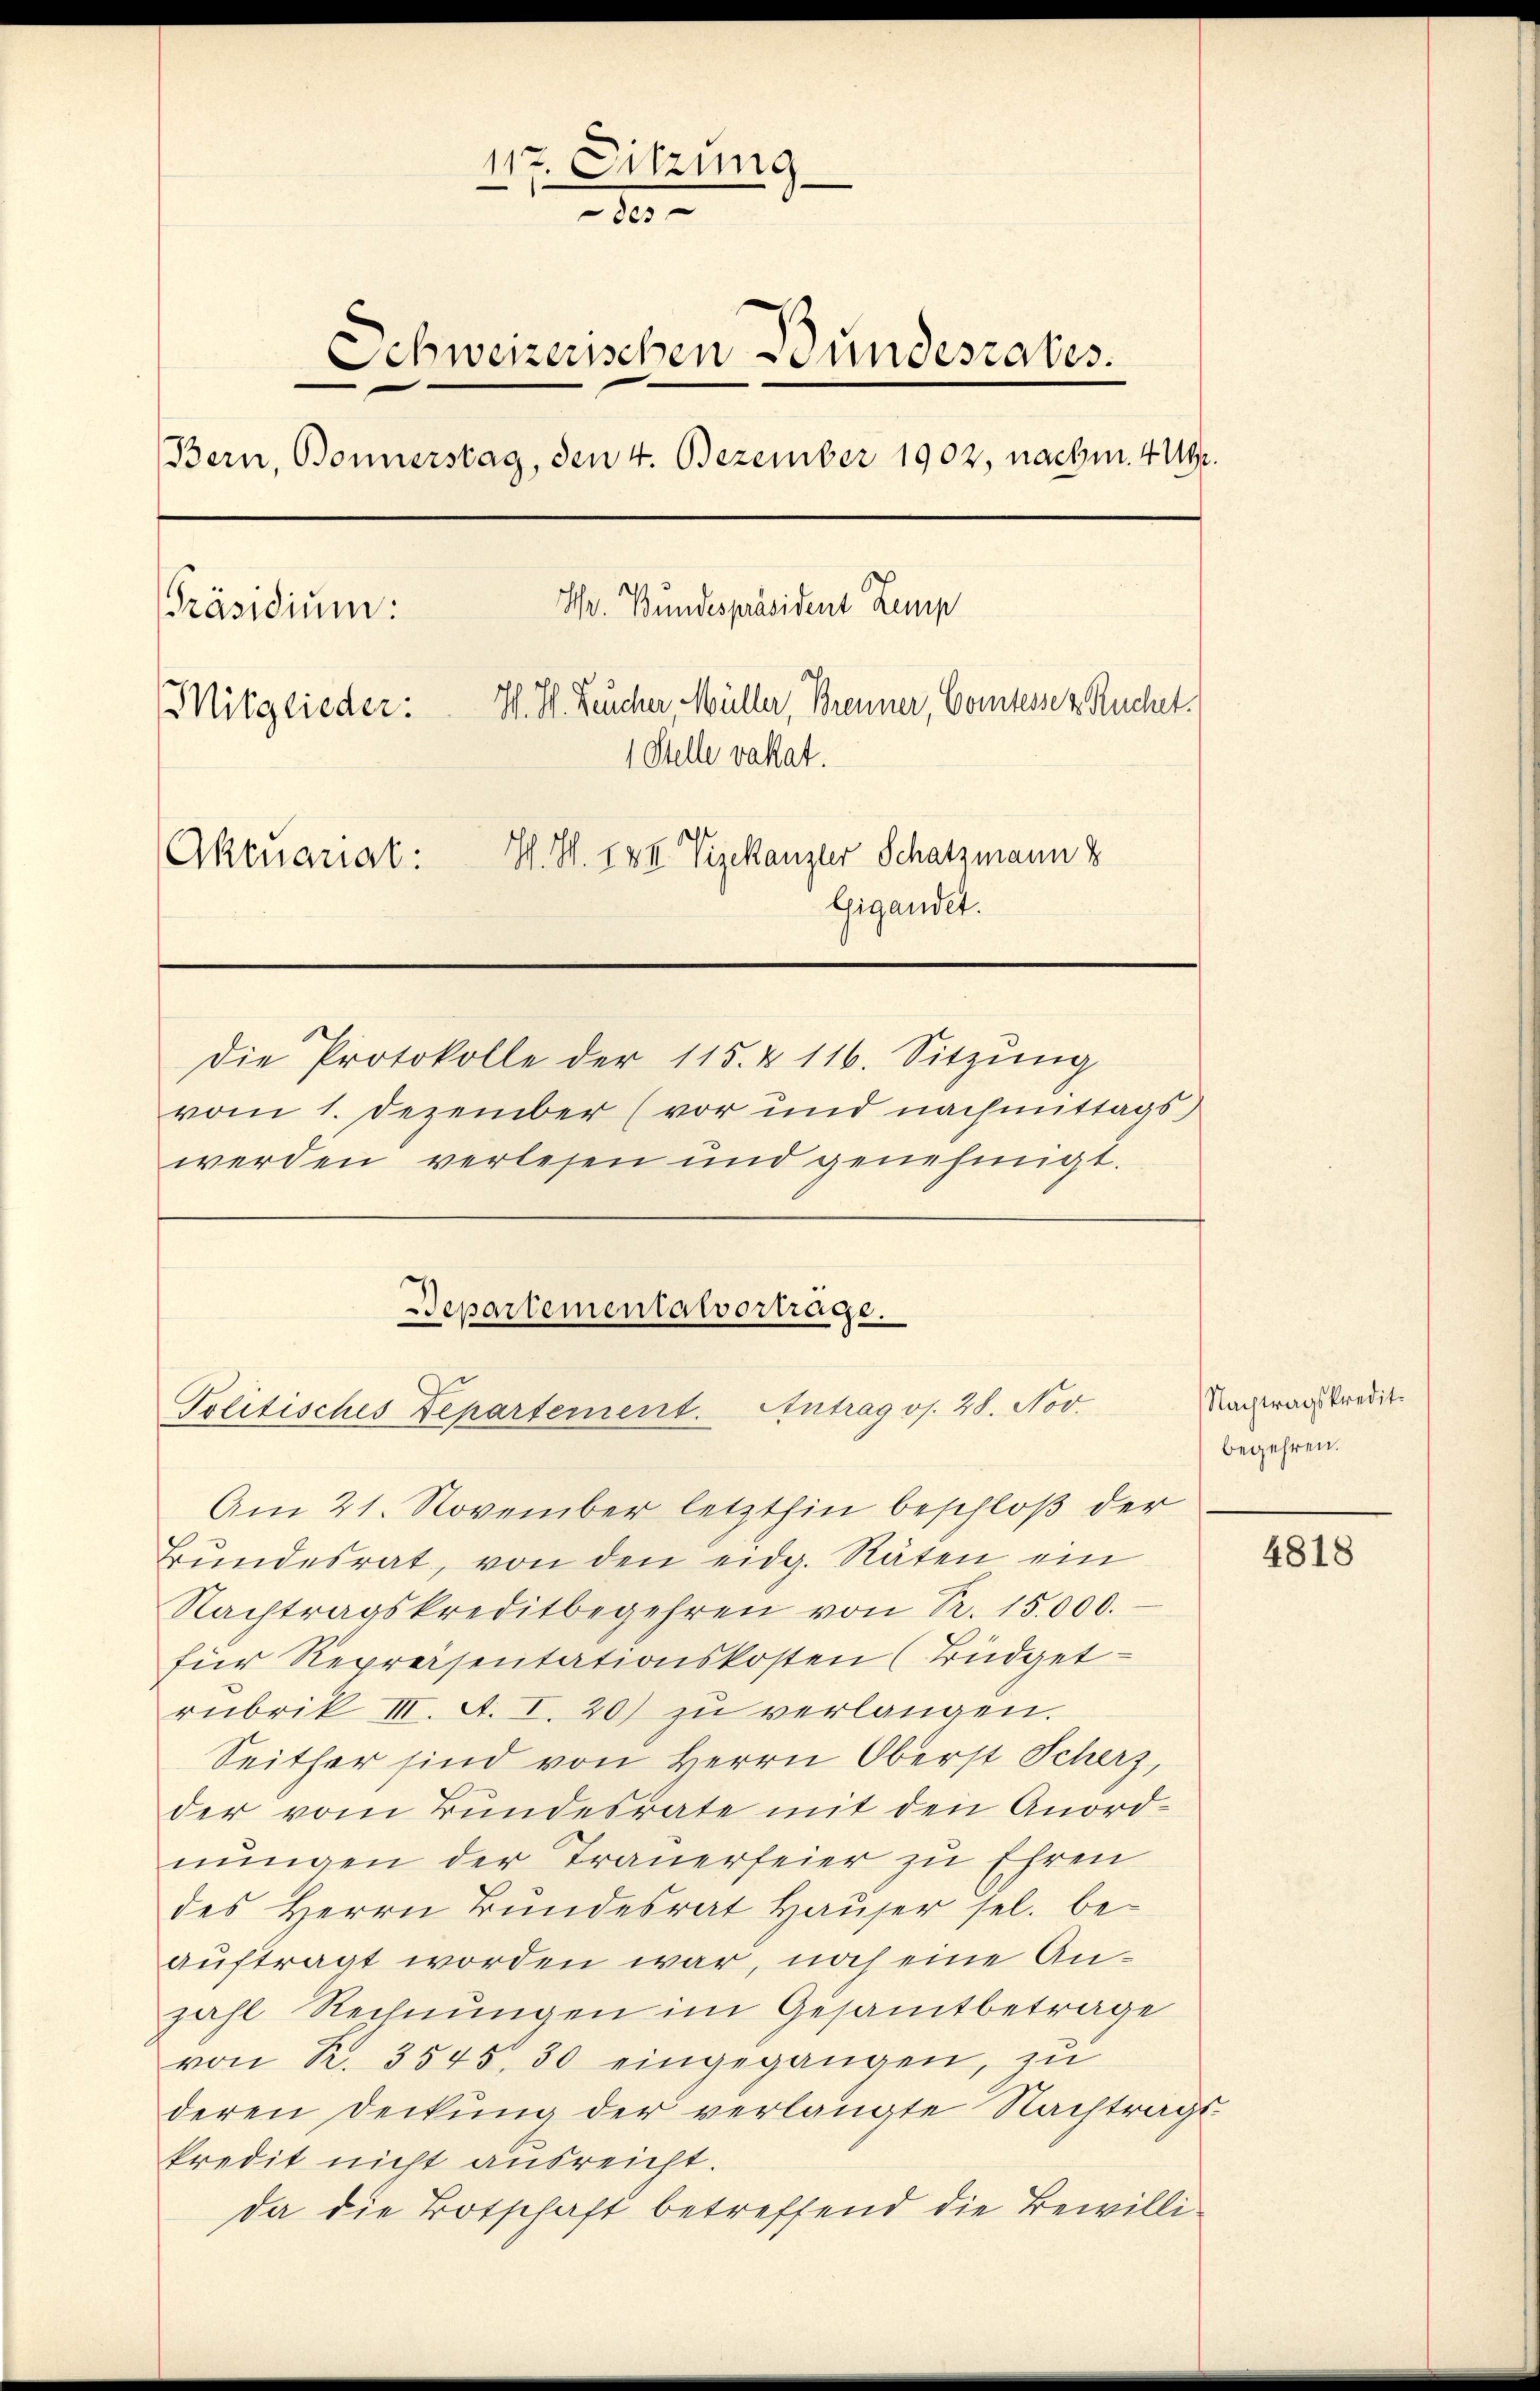
117. Sitzung
80.
Schweizerischen Bundesrates.
—
Bern, Bonnerstag, den 4. Dezember 1902, nachm. 414.
Hr. Bundespräsident Kemp
[Präsidium:
Mitglieder: H. H. Leucher Müller, Brenner, Comtesse z. Ruchet.
1 Stelle vakat.
I. S. 1 VII Vizekanzler Schatzmann
Aktuarial:
Gigandet.
Die Protokolle der 115. & 116. Sitzŭng
vom 1. Dezember (vor und nachmittags,
werden verlesen und genehmigt.

Departementalvortrage.
Politisches Departement. Antrag oj. 28. Nov.

Am 21. November letzthin beschloß der
Bŭndesrat, von den eidg. Räten ein
Nachtragskreditbegehren von Sr. 15,000.
für Repreisentationskosten (Büdget-
rubrik III. A. I. 20) zŭ verlangen.
Seither sind von Herrn Oberst Scherz,
der vom Bundesrate mit den Anordnŭngen der Trauerfeier zu Ehren
des Herrn Bundesrat Hauser sel. beauftragt worden war, noch eine Anzahl Rechnungen im Gesamtbetrage
von R. 3545, 30 eingegangen, zu
deren Deckung der verlangte Nachtragskredit nicht ausreicht.
da die Botschaft betreffend die Bewilli¬

Nachtragskredit.
begehren.

4818